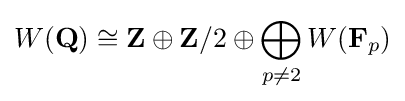
W(\mathbf {Q} )\cong \mathbf {Z} \oplus \mathbf {Z} /2\oplus \bigoplus _{p\neq 2}W(\mathbf {F} _{p})